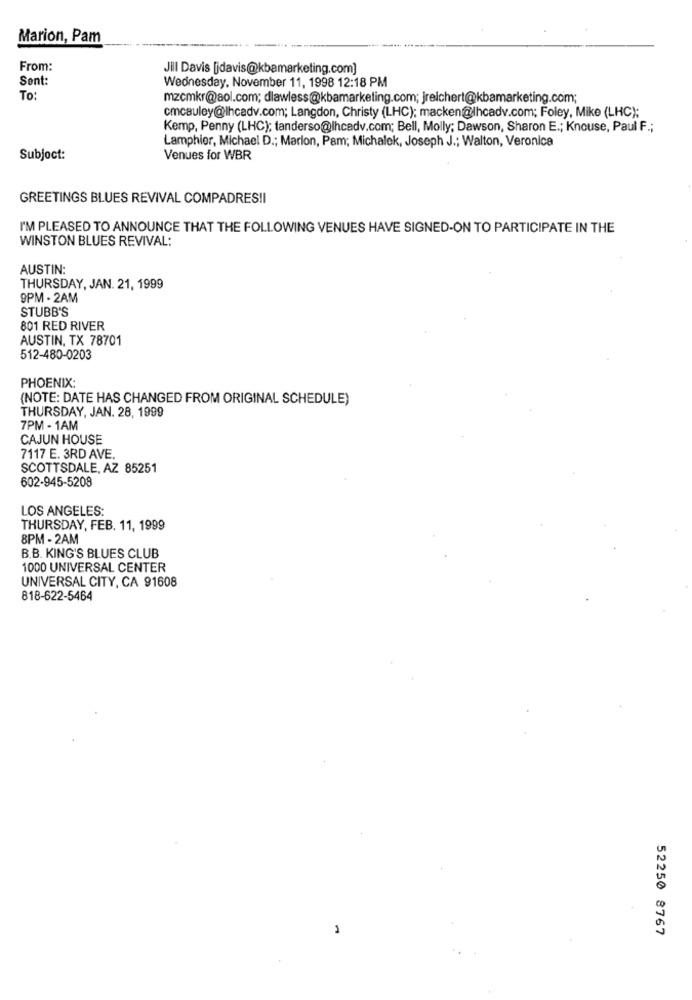
Marion, Pam
From:
Jill Davis [jdavis@kbamarketing.com]
Sent:
Wednesday, November 11, 1998 12:18 PM
To:
mzcmkr@aol.com; dlawless@kbamarketing.com; jreichert@kbamarketing.com;
cmcauley@lhcadv.com; Langdon, Christy (LHC); macken@lhcadv.com; Foley, Mike (LHC);
Kemp, Penny (LHC); tanderso@lhcadv.com; Bell, Molly; Dawson, Sharon E .; Knouse, Paul F .;
Lamphier, Michael D .; Marlon, Pam; Michalek, Joseph J .; Walton, Veronica
Subject:
Venues for WBR
GREETINGS BLUES REVIVAL COMPADRES!I
I'M PLEASED TO ANNOUNCE THAT THE FOLLOWING VENUES HAVE SIGNED-ON TO PARTICIPATE IN THE
WINSTON BLUES REVIVAL:
AUSTIN:
THURSDAY, JAN. 21, 1999
9PM - 2AM
STUBB'S
801 RED RIVER
AUSTIN, TX 78701
512-480-0203
PHOENIX:
(NOTE: DATE HAS CHANGED FROM ORIGINAL SCHEDULE)
THURSDAY, JAN. 28, 1999
7PM - 1AM
CAJUN HOUSE
7117 E. 3RD AVE.
SCOTTSDALE, AZ 85251
602-945-5208
LOS ANGELES:
THURSDAY, FEB. 11, 1999
8PM - 2AM
B.B. KING'S BLUES CLUB
1000 UNIVERSAL CENTER
UNIVERSAL CITY, CA 91608
818-622-5464
52250 8767